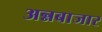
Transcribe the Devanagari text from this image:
अन्नबाजार